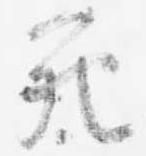
死